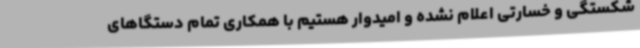
شکستگی و خسارتی اعلام نشده و امیدوار هستیم با همکاری تمام دستگاهای